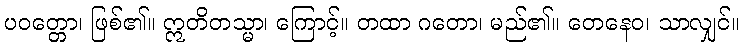
ပဝတ္တော၊ ဖြစ်၏။ ဣတိတသ္မာ၊ ကြောင့်။ တထာ ဂတော၊ မည်၏။ တေနေဝ၊ သာလျှင်။